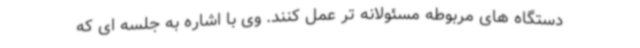
دستگاه های مربوطه مسئولانه تر عمل کنند. وی با اشاره به جلسه ای که